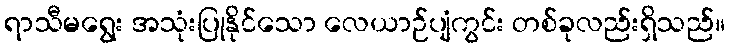
ရာသီမရွေး အသုံးပြုနိုင်သော လေယာဉ်ပျံကွင်း တစ်ခုလည်းရှိသည်။